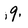
Character: 9